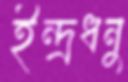
ইন্দ্রধনু